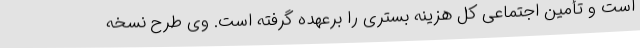
است و تأمین اجتماعی کل هزینه بستری را برعهده گرفته است. وی طرح نسخه